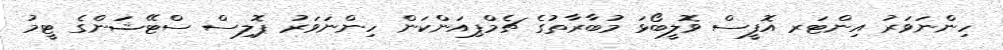
ހިންނަވަރު އިންޓަރ އޮފީސް ވޮލީބޯޅަ މުބާރާތުގެ ޗެމްޕިއަންކަން ހިންނަވަރު ޕޮލިސް ސްޓޭޝަންގެ ޓީމު